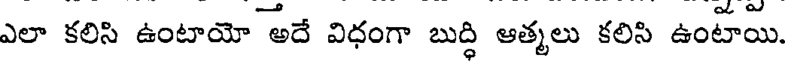
ఎలా కలిసి ఉంటాయో అదే విధంగా బుద్ధి ఆత్మలు కలిసి ఉంటాయి.